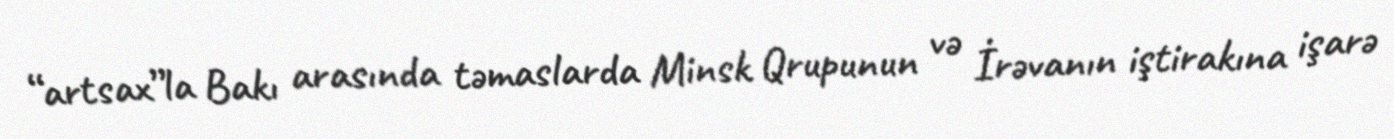
“artsax”la Bakı arasında təmaslarda Minsk Qrupunun və İrəvanın iştirakına işarə